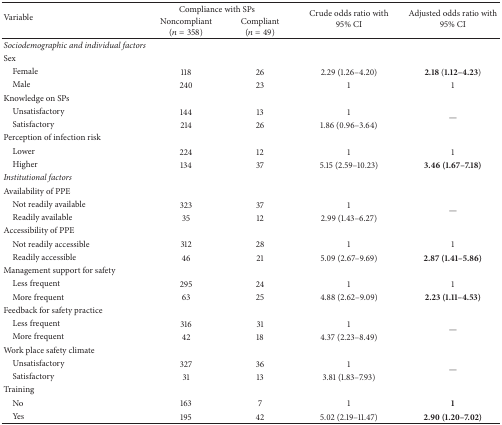
<table><thead><tr><td rowspan="2"><b>Variable</b></td><td colspan="2"><b> Compliance with SPs</b></td><td rowspan="2"><b>Crude odds ratio with 95% CI</b></td><td rowspan="2"><b>Adjusted odds ratio with 95% CI</b></td></tr><tr><td><b>Noncompliant (<i>n</i> = 358)</b></td><td><b>Compliant (<i>n</i> = 49)</b></td></tr></thead><tbody><tr><td><i>Sociodemographic and individual factors </i></td><td> </td><td> </td><td> </td><td> </td></tr><tr><td>Sex</td><td> </td><td> </td><td> </td><td> </td></tr><tr><td> Female</td><td>118</td><td>26</td><td>2.29 (1.26–4.20)</td><td><b>2.18 </b>(<b>1.12–4.23</b>)</td></tr><tr><td> Male</td><td>240</td><td>23</td><td>1</td><td>1</td></tr><tr><td>Knowledge on SPs</td><td> </td><td> </td><td> </td><td> </td></tr><tr><td> Unsatisfactory</td><td>144</td><td>13</td><td>1</td><td rowspan="2">—</td></tr><tr><td> Satisfactory</td><td>214</td><td>26</td><td>1.86 (0.96–3.64)</td></tr><tr><td>Perception of infection risk</td><td> </td><td> </td><td> </td><td> </td></tr><tr><td> Lower</td><td>224</td><td>12</td><td>1</td><td>1</td></tr><tr><td> Higher</td><td>134</td><td>37</td><td>5.15 (2.59–10.23)</td><td><b>3.46 (1.67–7.18)</b></td></tr><tr><td><i>Institutional factors </i></td><td> </td><td> </td><td> </td><td> </td></tr><tr><td>Availability of PPE</td><td> </td><td> </td><td> </td><td> </td></tr><tr><td> Not readily available</td><td>323</td><td>37</td><td>1</td><td rowspan="2">—</td></tr><tr><td> Readily available</td><td>35</td><td>12</td><td>2.99 (1.43–6.27)</td></tr><tr><td>Accessibility of PPE</td><td> </td><td> </td><td> </td><td> </td></tr><tr><td> Not readily accessible</td><td>312</td><td>28</td><td>1</td><td>1</td></tr><tr><td> Readily accessible</td><td>46</td><td>21</td><td>5.09 (2.67–9.69)</td><td><b>2.87 (1.41–5.86)</b></td></tr><tr><td>Management support for safety</td><td> </td><td> </td><td> </td><td> </td></tr><tr><td> Less frequent</td><td>295</td><td>24</td><td>1</td><td>1</td></tr><tr><td> More frequent</td><td>63</td><td>25</td><td>4.88 (2.62–9.09)</td><td><b>2.23 (1.11–4.53)</b></td></tr><tr><td>Feedback for safety practice</td><td> </td><td> </td><td> </td><td> </td></tr><tr><td> Less frequent</td><td>316</td><td>31</td><td>1</td><td rowspan="2">—</td></tr><tr><td> More frequent</td><td>42</td><td>18</td><td>4.37 (2.23–8.49)</td></tr><tr><td>Work place safety climate</td><td> </td><td> </td><td> </td><td> </td></tr><tr><td> Unsatisfactory</td><td>327</td><td>36</td><td>1</td><td rowspan="2">—</td></tr><tr><td> Satisfactory</td><td>31</td><td>13</td><td>3.81 (1.83–7.93)</td></tr><tr><td>Training</td><td> </td><td> </td><td> </td><td> </td></tr><tr><td> No</td><td>163</td><td>7</td><td>1</td><td><b>1</b></td></tr><tr><td> Yes</td><td>195</td><td>42</td><td>5.02 (2.19–11.47)</td><td><b>2.90 (1.20–7.02)</b></td></tr></tbody></table>